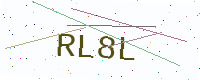
Text: RL8L